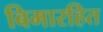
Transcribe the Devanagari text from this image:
बिमारहित